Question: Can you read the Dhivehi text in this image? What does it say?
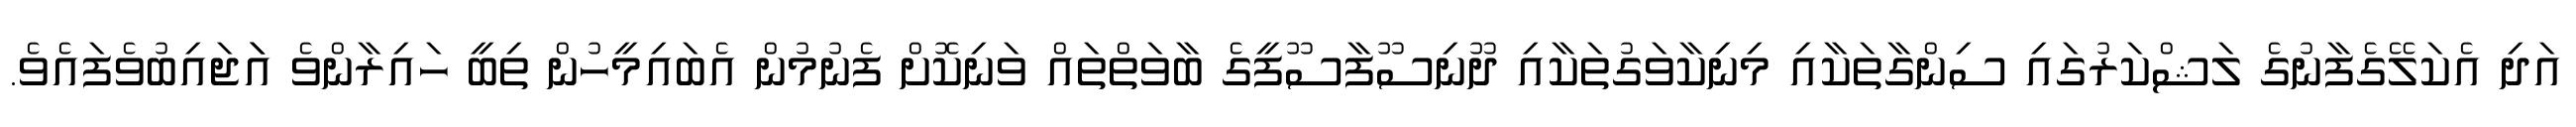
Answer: އަދި އެކަލޭގެފާނުގެ ލަޝްކަރުގައި ސިންގާތަކާއި މިނިކާވަގުތަކާއި ދޫނިސޫފާސޫފީގެ ބާވަތްތައް ވަނިކޮށް ފެނުމުން އެބައިމީހުން ތިބީ ހައިރާންވެ އަަޖައިބުވެފައެވެ.